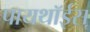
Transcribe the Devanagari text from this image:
पायथॉईस